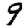
Digit: 9